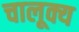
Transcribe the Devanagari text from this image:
चालूक्य